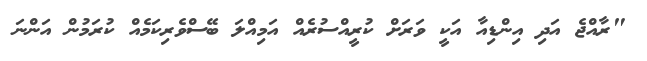
"ރާއްޖެ އަދި އިންޑިއާ އަކީ ވަރަށް ކުރީއްސުރެއް އަމިއްލަ ބޭސްވެރިކަމެއް ކުރަމުން އަންނަ